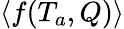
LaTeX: \langle f(T_{a},Q)\rangle